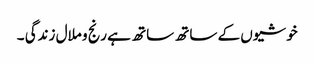
خوشیوں کے ساتھ ساتھ ہے رنج و ملال زندگی ۔